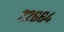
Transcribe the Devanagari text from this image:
२२६६४